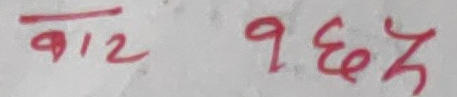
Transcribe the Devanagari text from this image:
बा १२ १९६७